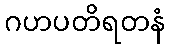
ဂဟပတိရတနံ